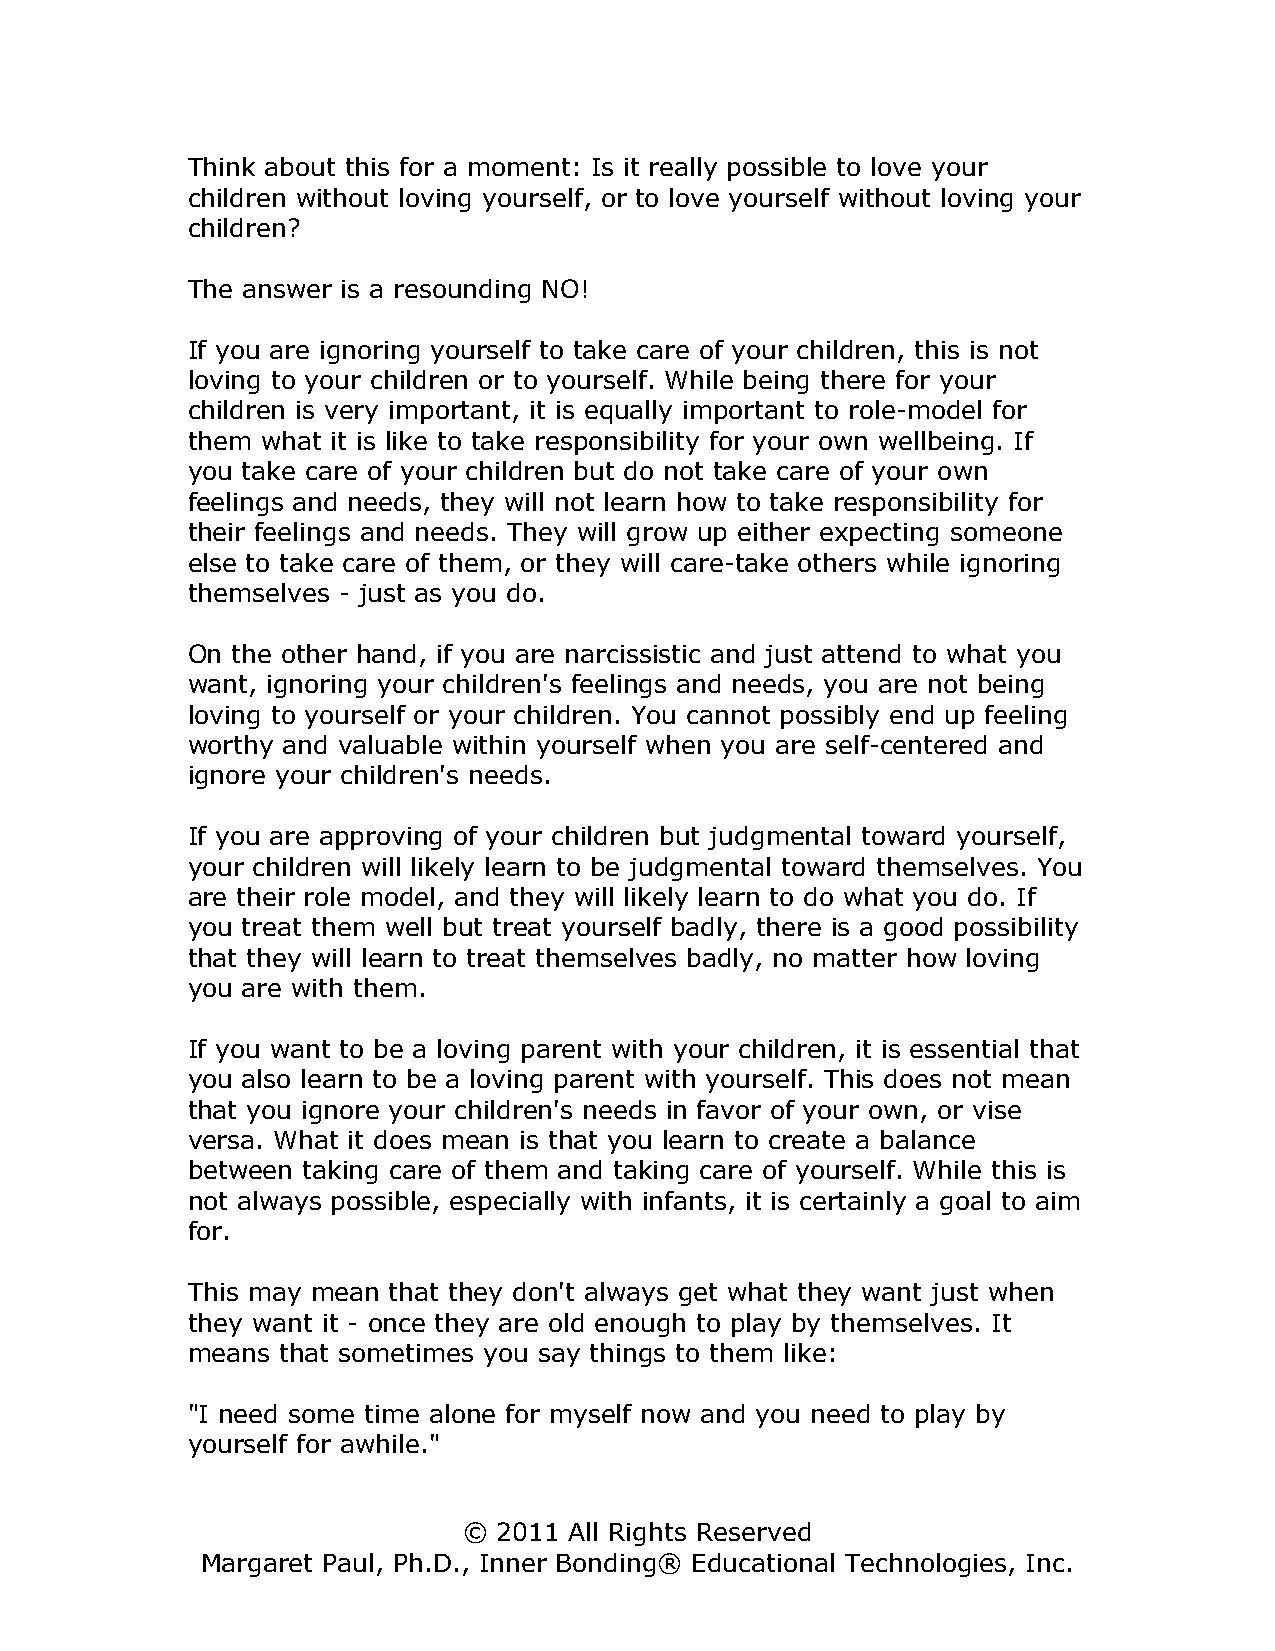
Think about this for a moment: Is it really possible to love your
 children without loving yourself, or to love yourself without loving your
 children?
 The answer is a resounding NO!
 If you are ignoring yourself to take care of your children, this is not
 loving to your children or to yourself. While being there for your
 children is very important, it is equally important to role-model for
 them what it is like to take responsibility for your own wellbeing. If
 you take care of your children but do not take care of your own
 feelings and needs, they will not learn how to take responsibility for
 their feelings and needs. They will grow up either expecting someone
 else to take care of them, or they will care-take others while ignoring
 themselves - just as you do.
 On the other hand, if you are narcissistic and just attend to what you
 want, ignoring your children's feelings and needs, you are not being
 loving to yourself or your children. You cannot possibly end up feeling
 worthy and valuable within yourself when you are self-centered and
 ignore your children's needs.
 If you are approving of your children but judgmental toward yourself,
 your children will likely learn to be judgmental toward themselves. You
 are their role model, and they will likely learn to do what you do. If
 you treat them well but treat yourself badly, there is a good possibility
 that they will learn to treat themselves badly, no matter how loving
 you are with them.
 If you want to be a loving parent with your children, it is essential that
 you also learn to be a loving parent with yourself. This does not mean
 that you ignore your children's needs in favor of your own, or vise
 versa. What it does mean is that you learn to create a balance
 between taking care of them and taking care of yourself. While this is
 not always possible, especially with infants, it is certainly a goal to aim
 for.
 This may mean that they don't always get what they want just when
 they want it - once they are old enough to play by themselves. It
 means  that sometimes you say things to them like:
 "I need some time alone for myself now and you need to play by
 yourself for awhile."
 © 2011 All Rights Reserved
 Margaret Paul, Ph.D., Inner Bonding® Educational Technologies, Inc.